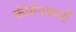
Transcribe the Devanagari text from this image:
कीर्तनकारों